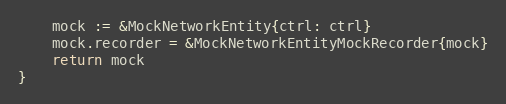
Language: Go
	mock := &MockNetworkEntity{ctrl: ctrl}
	mock.recorder = &MockNetworkEntityMockRecorder{mock}
	return mock
}